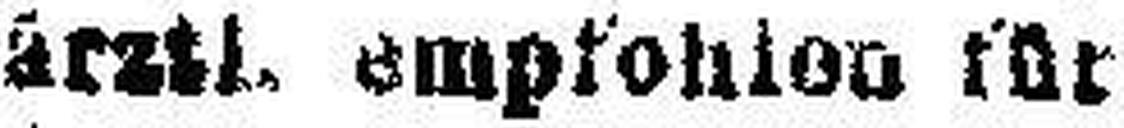
ärztl. empfohlen für